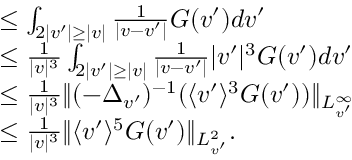
\begin{array} { r l } & { \leq \int _ { 2 | v ^ { \prime } | \geq | v | } \frac { 1 } { | v - v ^ { \prime } | } G ( v ^ { \prime } ) d v ^ { \prime } } \\ & { \leq \frac { 1 } { | v | ^ { 3 } } \int _ { 2 | v ^ { \prime } | \geq | v | } \frac { 1 } { | v - v ^ { \prime } | } | v ^ { \prime } | ^ { 3 } G ( v ^ { \prime } ) d v ^ { \prime } } \\ & { \leq \frac { 1 } { | v | ^ { 3 } } \| ( - \Delta _ { v ^ { \prime } } ) ^ { - 1 } ( \langle v ^ { \prime } \rangle ^ { 3 } G ( v ^ { \prime } ) ) \| _ { L _ { v ^ { \prime } } ^ { \infty } } } \\ & { \leq \frac { 1 } { | v | ^ { 3 } } \| \langle v ^ { \prime } \rangle ^ { 5 } G ( v ^ { \prime } ) \| _ { L _ { v ^ { \prime } } ^ { 2 } } . } \end{array}